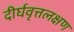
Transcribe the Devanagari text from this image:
दीर्घवृत्तलक्षण